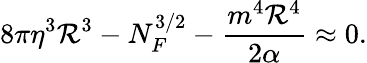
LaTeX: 8\pi\eta^{3}\mathcal{R}^{3}-N_{F}^{3/2}-\frac{{m^{4}\mathcal{R}^{4}}}{{2\alpha}}\approx0.